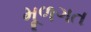
મૂળગત